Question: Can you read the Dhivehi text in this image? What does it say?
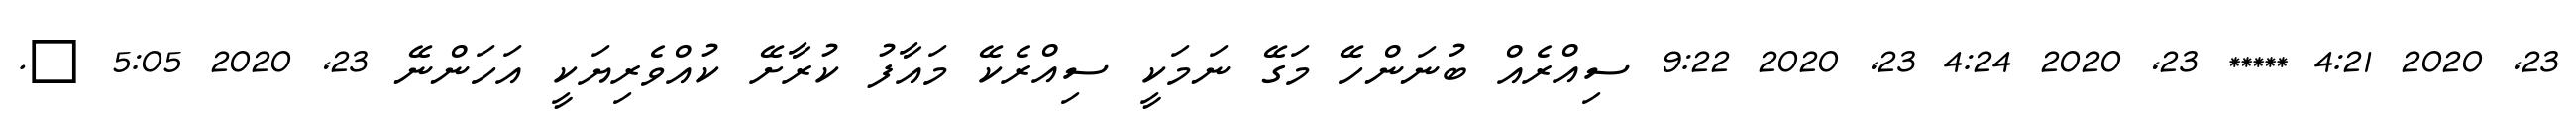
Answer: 23, 2020 4:21 ***** 23, 2020 4:24 23, 2020 9:22 ސިއްރެއް ބުނަންހޭ މަގޭ ނަމަކީ ސިއްރެކޭ މައާފު ކުރާށޭ ކުއްވެރިޔަކީ އަހަންނޭ 23, 2020 5:05 ?.